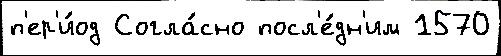
п'ер'и́од Согла́сно посл'е́дн'им 1570